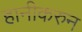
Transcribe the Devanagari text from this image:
हानीकरुन